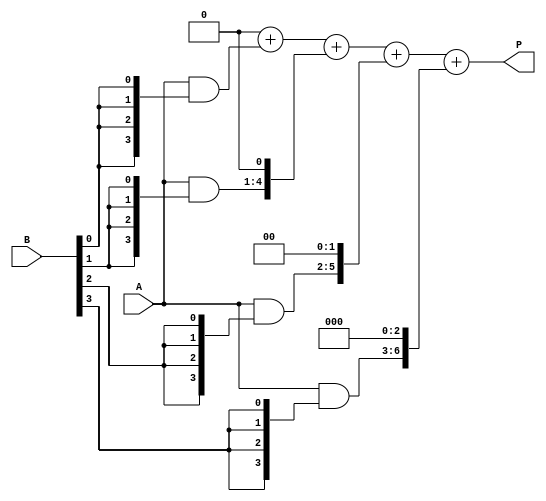
module ArrayMultiplier #(parameter A_WIDTH = 4, B_WIDTH = 4) (
    input  [A_WIDTH-1:0] A,      // Input A
    input  [B_WIDTH-1:0] B,      // Input B
    output reg [A_WIDTH + B_WIDTH - 1:0] P // Output Product
);

    // Intermediate partial products
    wire [A_WIDTH-1:0] pp [0:B_WIDTH-1]; // Partial products array

    // Generate partial products
    genvar i, j;
    generate
        for (i = 0; i < B_WIDTH; i = i + 1) begin : gen_pp
            assign pp[i] = A & { {A_WIDTH{B[i]}} }; // AND operation to generate partial product
        end
    endgenerate

    // Sum the partial products aligned with their respective bits
    reg [A_WIDTH + B_WIDTH - 1:0] temp_sum [0:B_WIDTH-1]; // Temporary sums
    integer k;

    always @(*) begin
        // Initialize the product to zero
        P = 0;

        // Add each partial product shifted according to its bit position
        for (k = 0; k < B_WIDTH; k = k + 1) begin
            temp_sum[k] = pp[k] << k; // Shift partial products based on bit position
            P = P + temp_sum[k]; // Sum the aligned partial products
        end
    end

endmodule